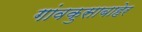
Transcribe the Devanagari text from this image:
गांवकुसाबाहेर